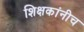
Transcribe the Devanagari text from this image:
शिक्षकांनीच